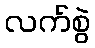
လက်စွဲ